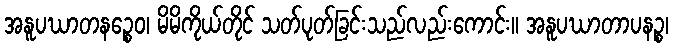
အနူပဃာတနဉ္စေဝ၊ မိမိကိုယ်တိုင် သတ်ပုတ်ခြင်းသည်လည်းကောင်း။ အနူပဃာတာပနဉ္စ၊